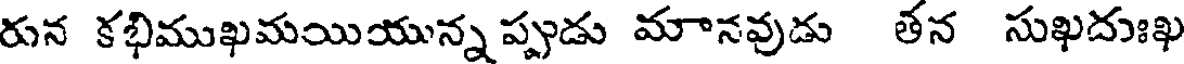
రున కభిముఖమయియున్న ప్పుడు మానవుడు తన సుఖదుఃఖ